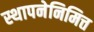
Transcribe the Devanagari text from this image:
स्थापनेनिमित्त